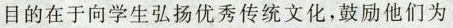
目的在于向学生弘扬优秀传统文化,鼓励他们为